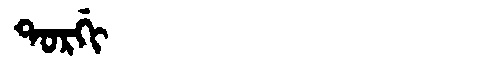
Manchu: ᡨᠣᡵᡤᡳ
Romanization: TORGI